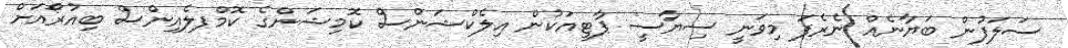
ސަލަފުން ބަޔާނެއް ނެރެފަ މިވަނީ ސިޔާސީ ޕާޓީއަކުން އިލެކްޝަންސް ކޮމިޝަންގެ ކޮމްޕލެއިންސް ބިއުރޯއަށް